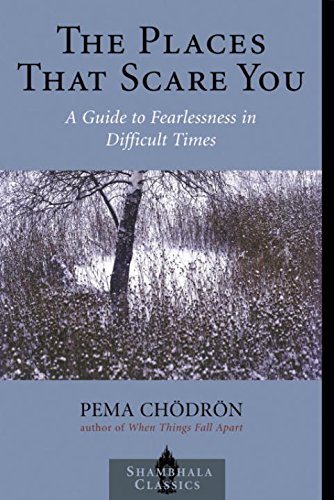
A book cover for The Places that Scare You: A Guide to Fearlessness in Difficult Times (Shambhala Classics); Pema Chodron; Self-Help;